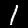
Label: 1